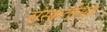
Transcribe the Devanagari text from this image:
संस्कृतींसह